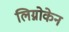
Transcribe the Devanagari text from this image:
लिग्नोकेन